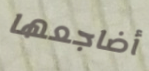
أضاجعها